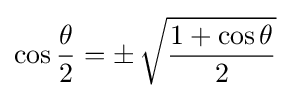
\cos {\frac {\theta }{2}}=\pm \,{\sqrt {\frac {1+\cos \theta }{2}}}